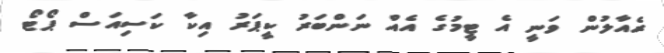
ރެއާލުން ވަނީ އެ ޓީމުގެ އެއް ނަންބަރު ކީޕަރު އިކާ ކަސިއަސް ޕޯޓޯ